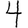
Digit: 4